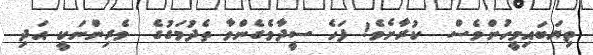
ތިޔަބައިމީހުންވެސް  ކުރާށެވެ! ފަހެ ސީދާވެގެންވާ ތެދުމަގުގެ  ވެރިންނަކީ އަދި